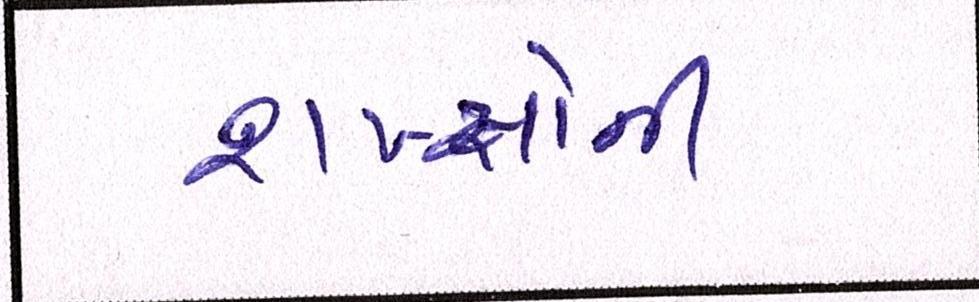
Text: શખ્સોની